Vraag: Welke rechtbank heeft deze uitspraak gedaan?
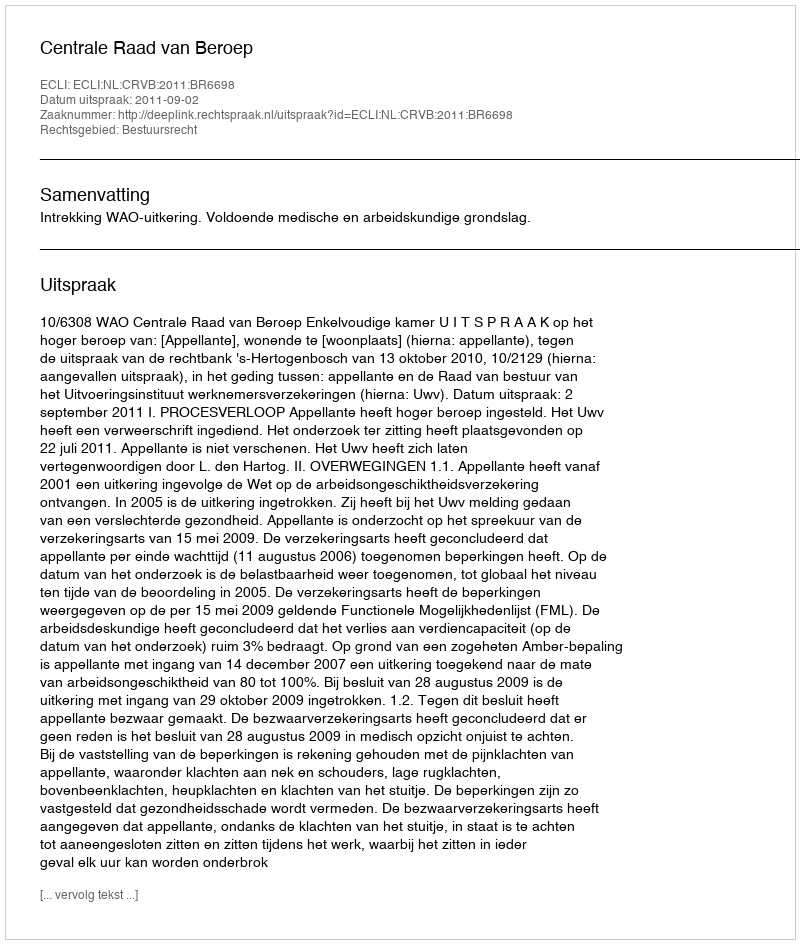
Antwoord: Centrale Raad van Beroep